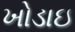
ખોડાઇ